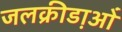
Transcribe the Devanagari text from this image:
जलक्रीडा़ओं